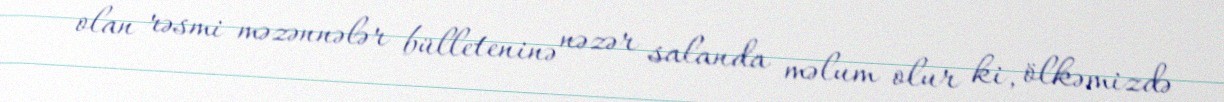
olan rəsmi məzənnələr bülleteninə nəzər salanda məlum olur ki, ölkəmizdə